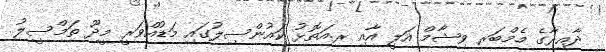
ދާއިރާގެ މެމްބަރ ވިޝާމް އަލީ އާއި ރ.އަތޮޅު ކައުންސިލުގައި މަޑުއްވަރީ މީދޫ ތަމްސީލު